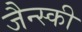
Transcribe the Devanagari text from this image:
जैन्स्की